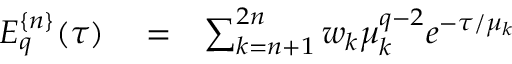
\begin{array} { r l r } { E _ { q } ^ { \{ n \} } ( \tau ) } & { { } = } & { \sum _ { k = n + 1 } ^ { 2 n } w _ { k } \mu _ { k } ^ { q - 2 } e ^ { - \tau / \mu _ { k } } } \end{array}